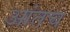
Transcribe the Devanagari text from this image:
आंतच